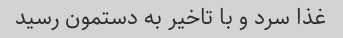
غذا سرد و با تاخیر به دستمون رسید